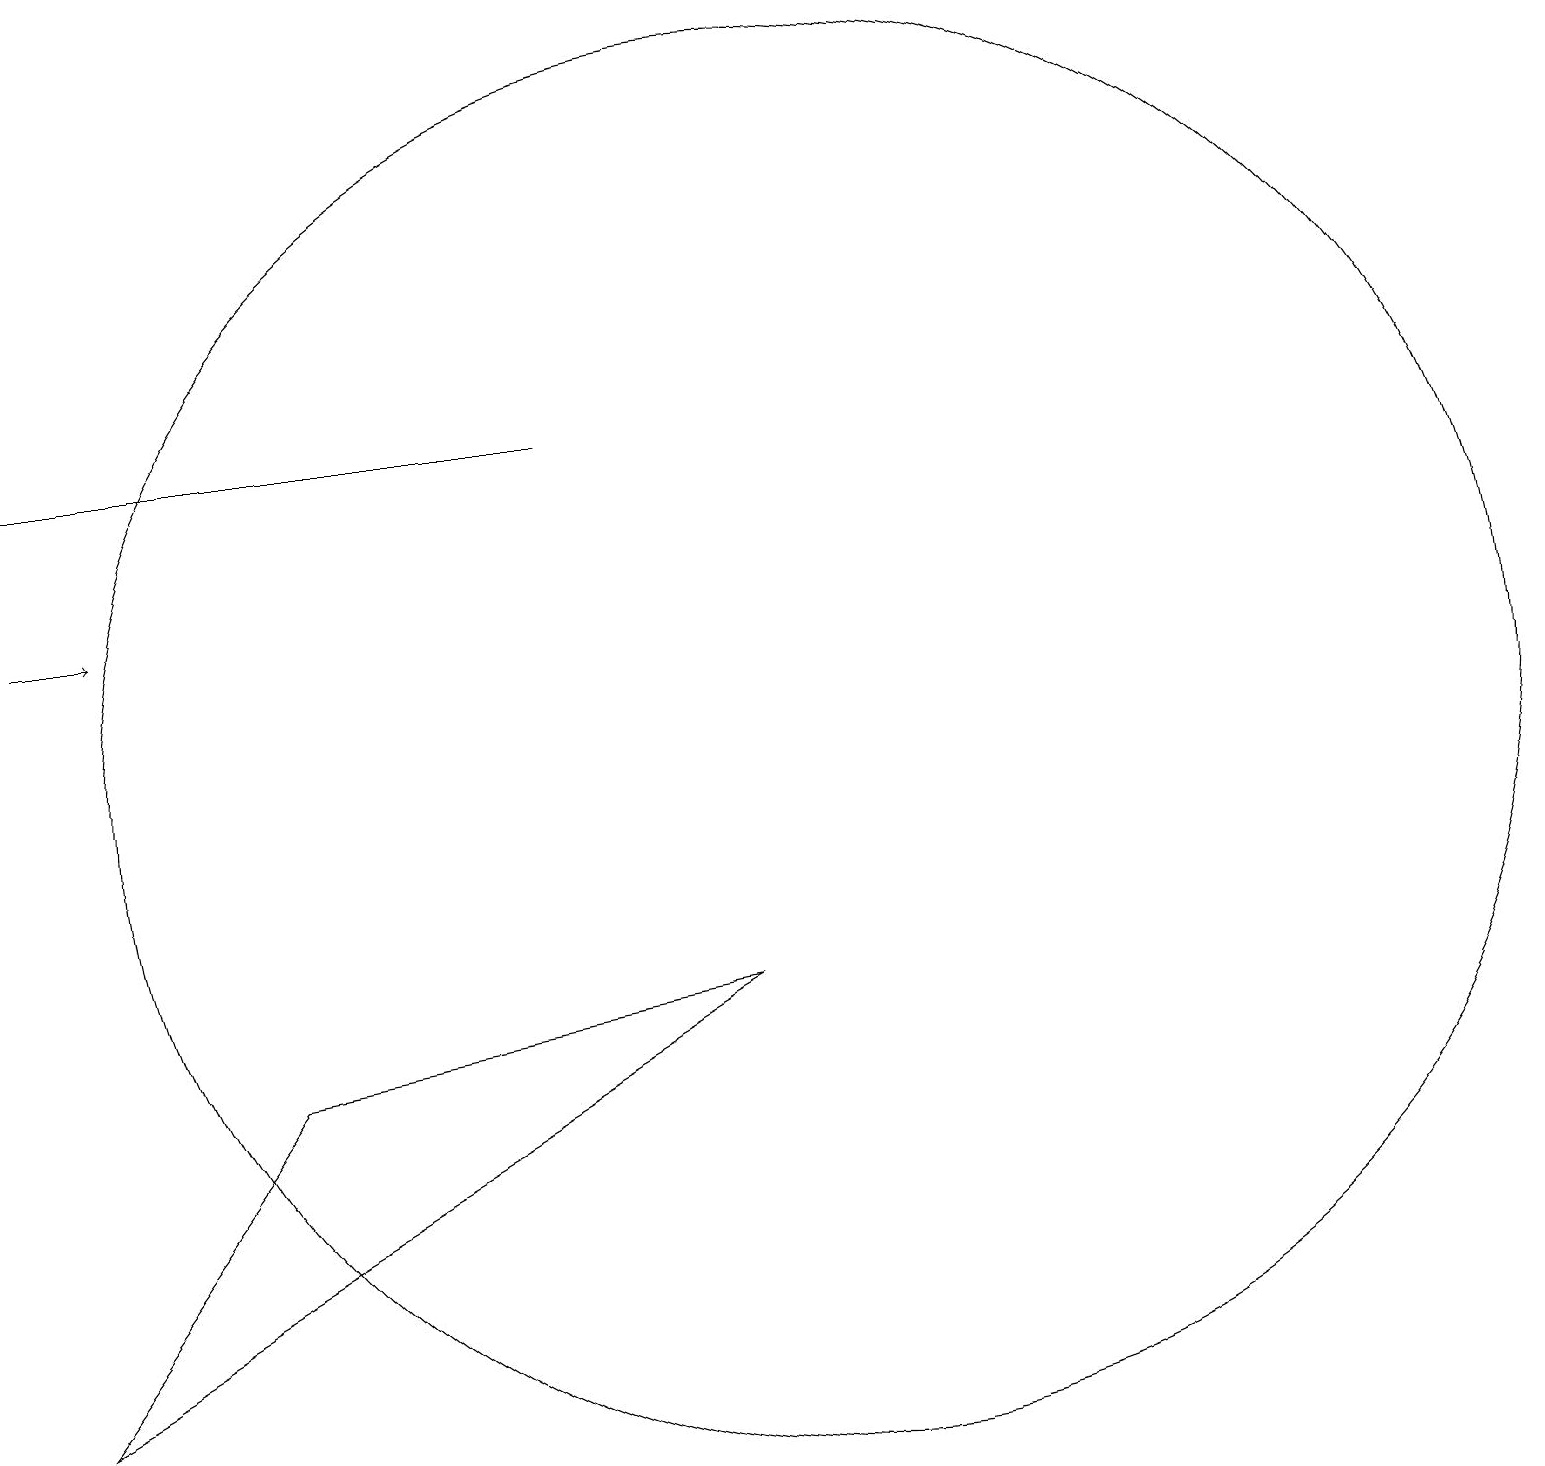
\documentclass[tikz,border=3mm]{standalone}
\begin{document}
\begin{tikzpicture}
\draw[->] (0,13) -- (1,13);
\draw (0,15) rectangle (7,15);
\draw (10,11) circle (9);
\draw (3,7) -- (0,3) -- (9,8) -- cycle;
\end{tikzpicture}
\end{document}